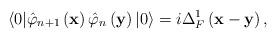
LaTeX: \begin{align*}\langle 0|\hat{\varphi}_{n+1}\left( \mathbf{x}\right) \hat{\varphi}_n\left( \mathbf{y}\right) |0\rangle =i\Delta _F^1\left( \mathbf{x-y}\right) ,\end{align*}